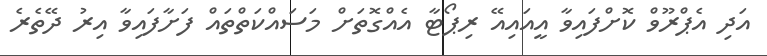
އަދި އެޕްރޫވް ކޮށްފައިވާ އީއައިއޭ ރިޕޯޓާ އެއްގޮތަށް މަސައްކަތްތައް ފަށާފައިވާ އިރު ދޭތެރެ